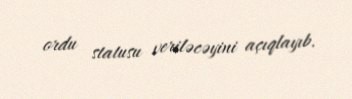
ordu statusu veriləcəyini açıqlayıb.